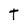
Character: t